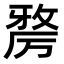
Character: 𭆑